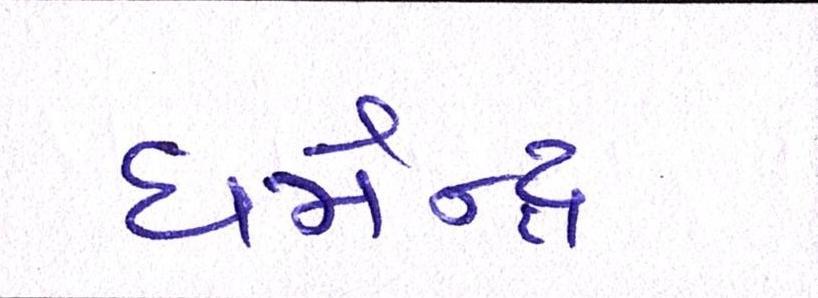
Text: ધર્મેન્દ્ર